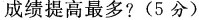
成绩提高最多?(5分)